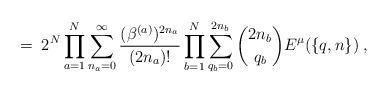
LaTeX: \begin{align*}= \; 2^N \prod_{a=1}^N \sum_{n_a=0}^\infty\frac{(\beta^{(a)})^{2 n_a}}{(2 n_a)!}\prod_{b=1}^N\sum_{q_b=0}^{2n_b} {2 n_b \choose q_b}E^\mu(\{q,n\}) \; ,\end{align*}